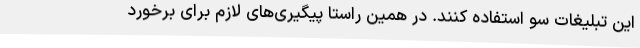
این تبلیغات سو استفاده کنند. در همین راستا پیگیری‌های لازم برای برخورد